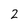
Character: 2